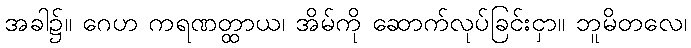
အခါ၌။ ဂေဟ ကရဏတ္ထာယ၊ အိမ်ကို ဆောက်လုပ်ခြင်းငှာ။ ဘူမိတလေ၊